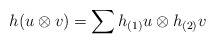
\begin{align*} h(u\otimes v)=\sum h_{(1)}u \otimes h_{(2)}v\end{align*}